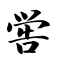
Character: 喾